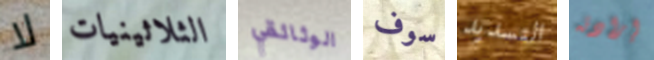
لا الثلاثينيات الوثائقي سوف التسديد إرادته